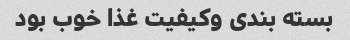
بسته بندی وکیفیت غذا خوب بود